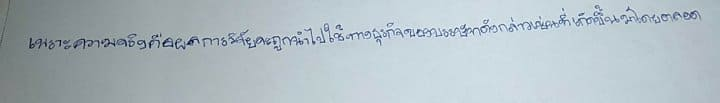
เพราะความจริงคือผลการวิจัยจะถูกนำไปใช้ทางธุรกิจของบรรษัทดังกล่าวเช่นที่เกิดขึ้นมาโดยตลอด